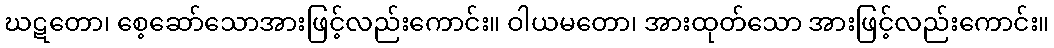
ဃဋတော၊ စေ့ဆော်သောအားဖြင့်လည်းကောင်း။ ဝါယမတော၊ အားထုတ်သော အားဖြင့်လည်းကောင်း။